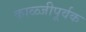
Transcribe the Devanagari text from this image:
काळ्जीपूर्वक